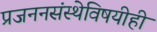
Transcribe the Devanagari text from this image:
प्रजननसंस्थेविषयीही